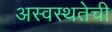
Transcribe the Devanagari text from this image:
अस्वस्थतेची